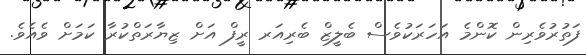
ފަތުރުވެރިން ކޮންމެ އަހަރަކުވެސް ބެލީޒް ބެރިއަރ ރީފް އަށް ޒިޔާރަތްކުރާ ކަމަށް ވެއެވެ.